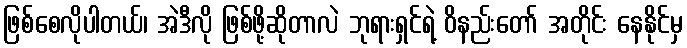
ဖြစ်စေလိုပါတယ်၊ အဲဒီလို ဖြစ်ဖို့ဆိုတာလဲ ဘုရားရှင်ရဲ့ ဝိနည်းတော် အတိုင်း နေနိုင်မှ